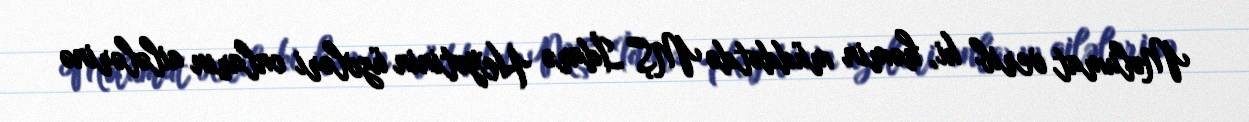
Məlumat verib ki, həmin müddətdə MŞ İdarə Heyətinin üzvləri onların ailələrinə